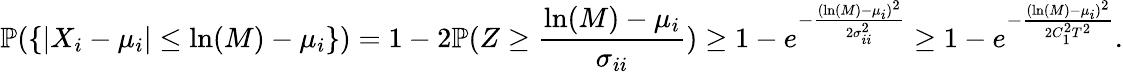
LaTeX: {\mathbb P}(\{ \vert X_{i}-\mu_{i}\vert\leq\ln(M)-\mu_{i}\} )=1-2{\mathbb P}(Z\geq\frac{\ln(M)-\mu_{i}}{\sigma_{ii}})\geq 1-e^{-\frac{(\ln(M)-\mu_{i})^{2}}{2\sigma_{ii}^{2}}}\geq 1-e^{-\frac{(\ln(M)-\mu_{i})^{2}}{2C_{1}^{2}T^{2}}}.